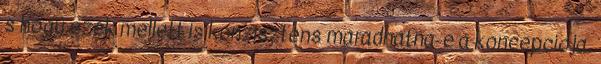
s hogy ezek mellett is konzisztens maradhatna-e a koncepciója.